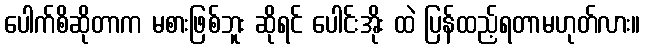
ပေါက်စိဆိုတာက မစားဖြစ်ဘူး ဆိုရင် ပေါင်းအိုး ထဲ ပြန်ထည့်ရတာမဟုတ်လား။